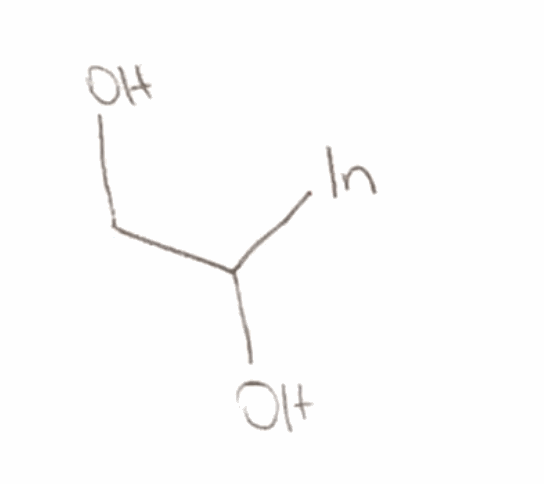
Simplified molecular-input line-entry system (SMILES) notation of the given molecule:
C(C(O)[In])O